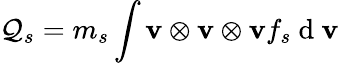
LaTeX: \mathcal{Q}_{s}=m_{s}\int\mathbf{v}\otimes\mathbf{v}\otimes\mathbf{v}f_{s}\mathrm{~d~}\mathbf{v}